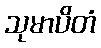
သုမာပိတံ